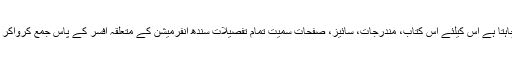
جو بھی کتاب چھپوانا چاہتا ہے اس کیلئے اس کتاب، مندرجات، سائیز، صفحات سمیت تمام تفصیلات سندھ انفرمیشن کے متعلقہ افسر کے پاس جمع کرواکر رجسٹریشن کروائے گا۔